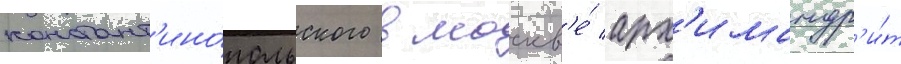
констант'ино́польского в москв'е́ арх'имандр'и́т